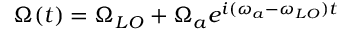
\Omega ( t ) = \Omega _ { L O } + \Omega _ { a } e ^ { i ( \omega _ { a } - \omega _ { L O } ) t }